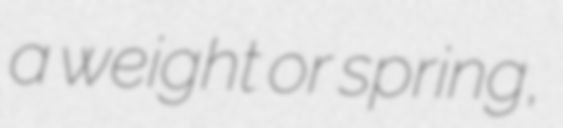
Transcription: a weight or spring,